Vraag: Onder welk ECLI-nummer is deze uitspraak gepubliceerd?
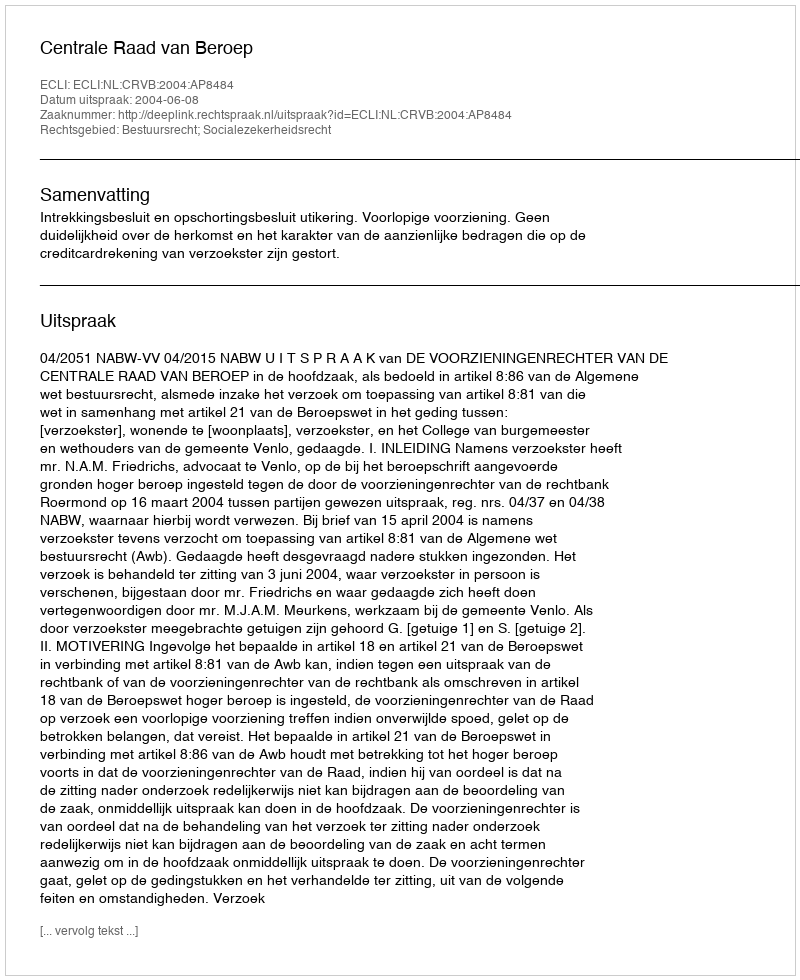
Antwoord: ECLI:NL:CRVB:2004:AP8484